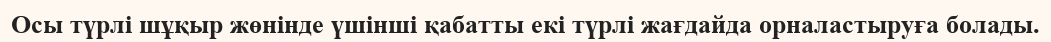
Осы түрлі шұқыр жөнінде үшінші қабатты екі түрлі жағдайда орналастыруға болады.